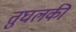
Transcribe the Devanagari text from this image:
तुघलकी